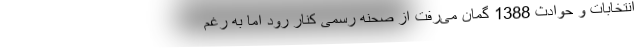
انتخابات و حوادث 1388 گمان می‌رفت از صحنه رسمی کنار رود اما به رغم